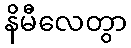
နိမီလေတွာ